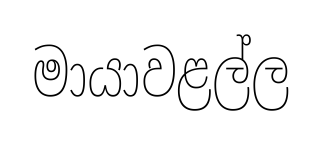
මායාවළල්ල